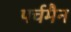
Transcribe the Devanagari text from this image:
पर्चमैन